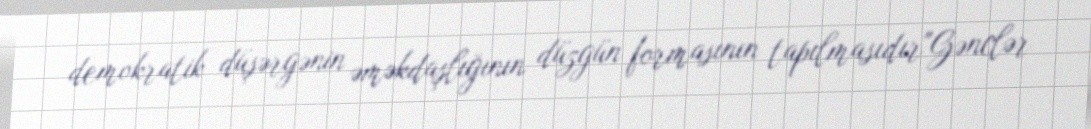
demokratik düşərgənin əməkdaşlığının düzgün formasının tapılmasıdır"Gənclər